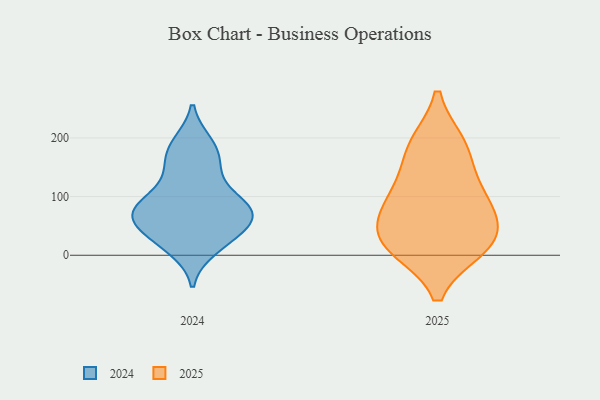
{"axis": {"x": "Net Income (USD K)", "y": "Value"}, "legend": ["2024", "2025"], "data": [{"x": "", "y": 21, "type": "2025"}, {"x": "", "y": 13, "type": "2025"}, {"x": "", "y": 88, "type": "2025"}, {"x": "", "y": 189, "type": "2025"}, {"x": "", "y": 89, "type": "2025"}, {"x": "", "y": 74, "type": "2025"}, {"x": "", "y": 135, "type": "2025"}, {"x": "", "y": 18, "type": "2025"}, {"x": "", "y": 29, "type": "2025"}, {"x": "", "y": 187, "type": "2025"}, {"x": "", "y": 81, "type": "2024"}, {"x": "", "y": 52, "type": "2024"}, {"x": "", "y": 16, "type": "2024"}, {"x": "", "y": 71, "type": "2024"}, {"x": "", "y": 191, "type": "2024"}, {"x": "", "y": 191, "type": "2024"}, {"x": "", "y": 70, "type": "2024"}, {"x": "", "y": 173, "type": "2024"}, {"x": "", "y": 122, "type": "2024"}, {"x": "", "y": 11, "type": "2024"}, {"x": "", "y": 82, "type": "2024"}, {"x": "", "y": 97, "type": "2024"}, {"x": "", "y": 29, "type": "2024"}, {"x": "", "y": 86, "type": "2024"}, {"x": "", "y": 54, "type": "2024"}, {"x": "", "y": 151, "type": "2024"}, {"x": "", "y": 75, "type": "2024"}, {"x": "", "y": 153, "type": "2024"}, {"x": "", "y": 65, "type": "2024"}, {"x": "", "y": 36, "type": "2024"}]}